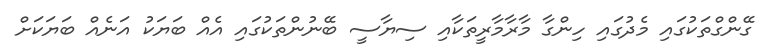
ގޭންގްތަކުގައި މެދުގައި ހިންގާ މާރާމާރީތަކާއި ސިޔާސީ ބޭނުންތަކުގައި އެއް ބަޔަކު އަނެއް ބަޔަކަށް